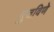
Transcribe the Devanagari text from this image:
बुजविणे